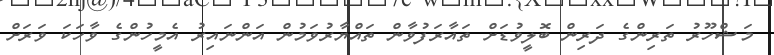
މަޝްހޫރު ތަރިންގެ ދަރިން ބޮލީވުޑަށް ތައާރަފުވާން ތައްޔާރުވަމުން އަންނައިރު އެމީހުންގެ ވާހަކަ ވަރަށް